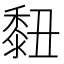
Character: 𪏲